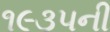
૧૯૩૫ની